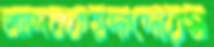
আদবকয়দাদোরস্ত